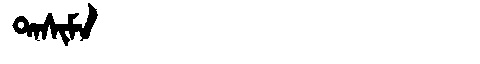
Manchu: ᡨᠠᠰᡳᠮᠠ
Romanization: TASIMA